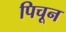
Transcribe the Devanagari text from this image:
पिचून